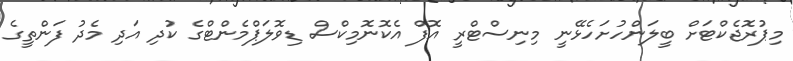
މިޕުރޮޖެކްޓަށް ބީލަންހުށަހެޅޭނީ މިނިސްޓްރީ އޮފް އެކޮނޮމިކްސް ޑިވޮލަޕްމެންޓްގެ ކުދި އަދި މެދު ފަންތީގެ